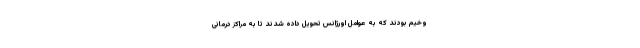
وخیم بودند که به عوامل اورژانس تحویل داده شدند تا به مراکز درمانی